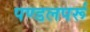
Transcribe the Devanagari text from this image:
पण्डलपर्रू